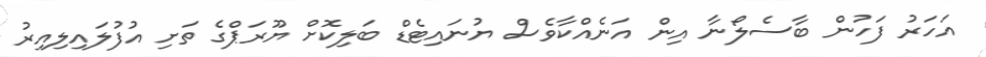
އަހަރު ފަހުން ބާސެލޯނާ އިން އަނެއްކާވެސް ޔުނައިޓެޑް ބަލިކޮށް ޔޫރަޕްގެ ތަށި އުފުލައިލިއިރު